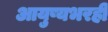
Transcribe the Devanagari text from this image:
आयुष्यभरही